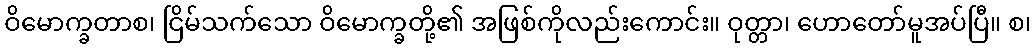
ဝိမောက္ခတာစ၊ ငြိမ်သက်သော ဝိမောက္ခတို့၏ အဖြစ်ကိုလည်းကောင်း။ ဝုတ္တာ၊ ဟောတော်မူအပ်ပြီ။ စ၊